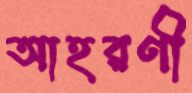
আহরণী